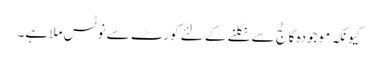
کیونکہ موجودہ کالج سے نکلنے کے لئے کورٹ سے نوٹس ملا ہے۔